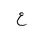
Letter: _ayn